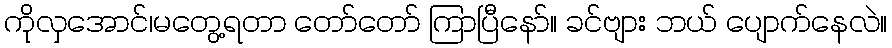
ကိုလှအောင်၊မတွေ့ရတာ တော်တော် ကြာပြီနော်။ ခင်ဗျား ဘယ် ပျောက်နေလဲ။